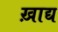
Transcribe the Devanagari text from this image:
ख़ाद्य